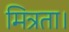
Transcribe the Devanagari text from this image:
मित्रता।